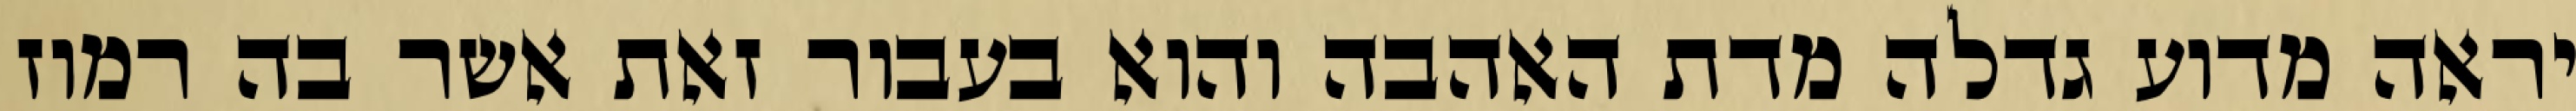
יראה מדוע גדלה מדת האהבה והוא בעבור זאת אשר בה רמוז